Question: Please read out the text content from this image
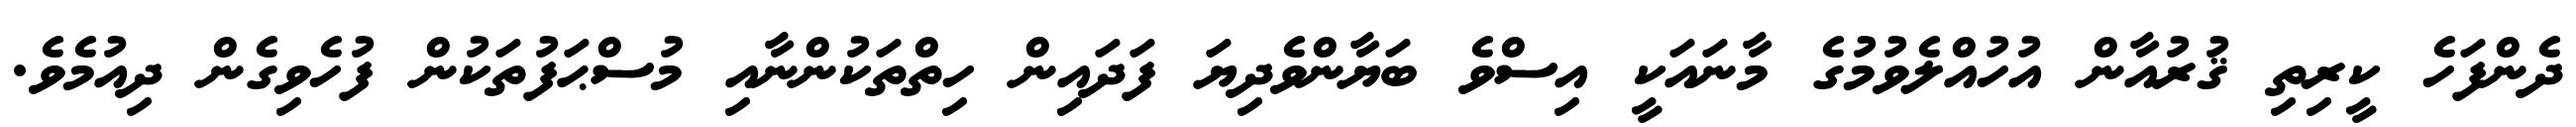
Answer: ދެންފަހެ ކީރިތި ޤުރުއާން އުހުއްލެވުމުގެ މާނައަކީ އިސްވެ ބަޔާންވެދިޔަ ފަދައިން ހިތްތަކުންނާއި މުސްޙަފުތަކުން ފުހެވިގެން ދިއުމެވެ.